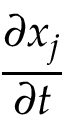
\frac { \partial x _ { j } } { \partial t }